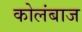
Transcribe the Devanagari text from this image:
कोलंबाज